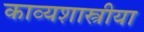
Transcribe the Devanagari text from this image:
काव्यशास्त्रीया